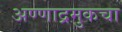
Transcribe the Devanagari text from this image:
अण्णाद्रमुकचा